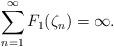
LaTeX: \begin{align*}\sum_{n=1}^\infty F_1(\zeta_n)=\infty.\end{align*}